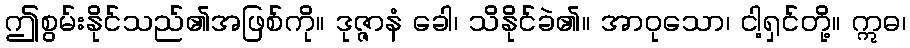
ဤစွမ်းနိုင်သည်၏အဖြစ်ကို။ ဒုဇ္ဇာနံ ခေါ၊ သိနိုင်ခဲ၏။ အာဝုသော၊ ငါ့ရှင်တို့။ ဣဓ၊